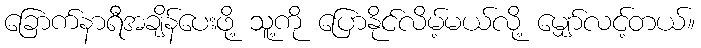
ခြောက်နာရီအချိန်ပေးဖို့ သူ့ကို ပြောနိုင်လိမ့်မယ်လို့ မျှော်လင့်တယ်။